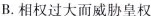
B.相权过大而威胁皇权